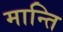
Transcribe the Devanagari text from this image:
मान्ति